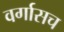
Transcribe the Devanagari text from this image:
वर्गासच